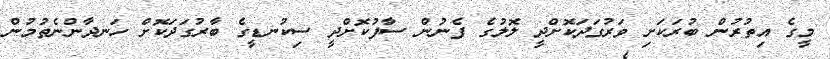
މީގެ އިތުރުން ބުރަކަށި ވަރުގަދަކޮށްދީ ލޮލުގެ ފެނުން ސާފުކޮށްދީ ސިކުނޑީގެ ބާރުގަދަކޮށް ހަނދާންނެތުމުން